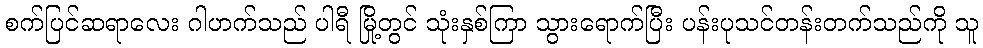
စက်ပြင်ဆရာလေး ဂါဟက်သည် ပါရီ မြို့တွင် သုံးနှစ်ကြာ သွားရောက်ပြီး ပန်းပုသင်တန်းတက်သည်ကို သူ